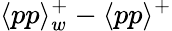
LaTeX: \langle pp\rangle_{w}^{+}-\langle pp\rangle^{+}